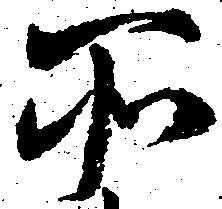
所